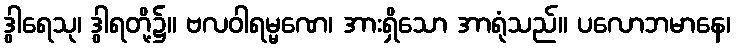
ဒွါရေသု၊ ဒွါရတို့၌။ ဗလဝါရမ္မဏေ၊ အားရှိသော အာရုံသည်။ ပလောဘမာနေ၊